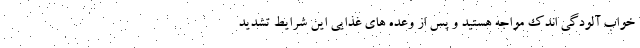
خواب آلودگی اندک مواجه هستید و پس از وعده های غذایی این شرایط تشدید